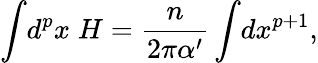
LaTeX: \int\! d^{p}x\; H=\frac{n}{2\pi\alpha^{\prime}}\int\! dx^{p+1},